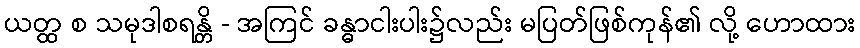
ယတ္ထ စ သမုဒါစရန္တိ - အကြင် ခန္ဓာငါးပါး၌လည်း မပြတ်ဖြစ်ကုန်၏ လို့ ဟောထား